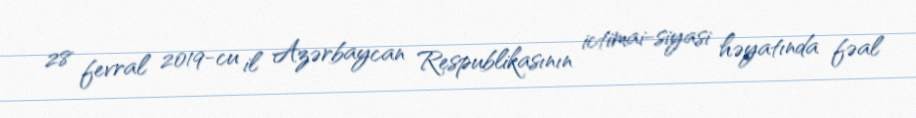
28 fevral 2019-cu il Azərbaycan Respublikasının ictimai-siyasi həyatında fəal